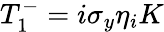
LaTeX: T_{1}^{-}=i\sigma_{y}\eta_{i}K